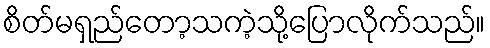
စိတ်မရှည်တော့သကဲ့သို့ပြောလိုက်သည်။